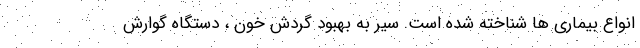
انواع بیماری ها شناخته شده است. سیر به بهبود گردش خون ، دستگاه گوارش